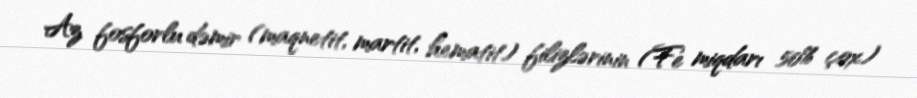
Az fosforlu dəmir (maqnetit, martit, hematit) filizlərinin (Fe miqdarı 50% çox)